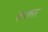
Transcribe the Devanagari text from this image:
करवरर